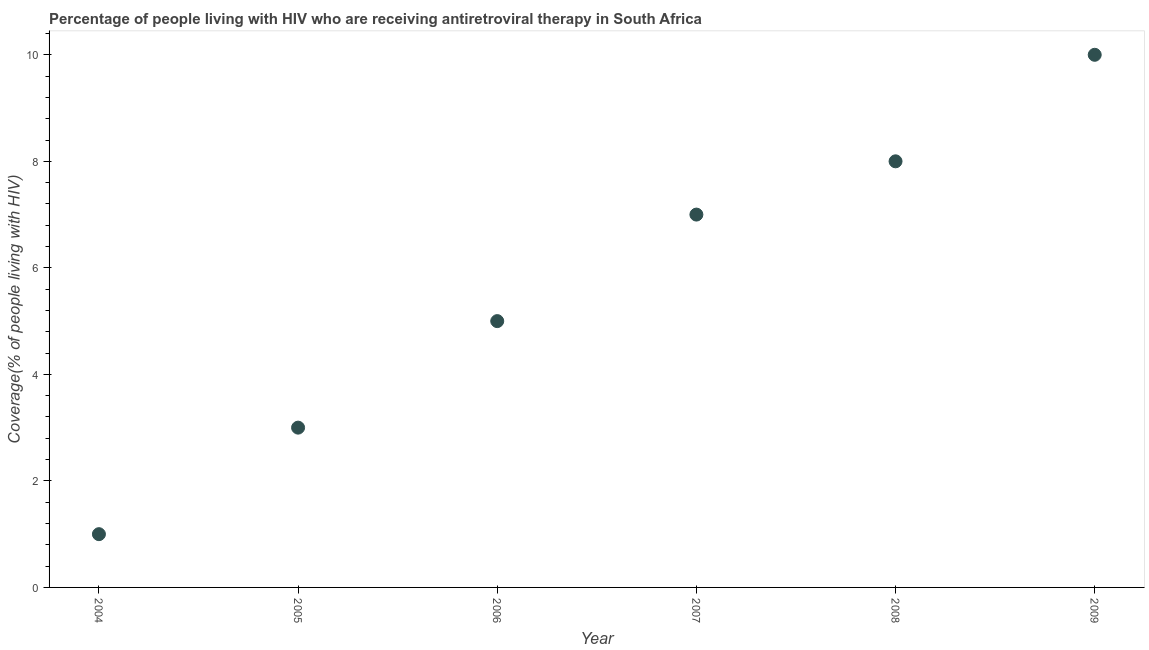
| Year | Antiretroviral therapy coverage |
 | --- | --- |
 | 2004 | 1 |
 | 2005 | 3 |
 | 2006 | 5 |
 | 2007 | 7 |
 | 2008 | 8 |
 | 2009 | 10 |